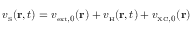
v _ { \scriptscriptstyle \mathrm { S } } ( { \bf r } , t ) = v _ { { \scriptscriptstyle \mathrm { e x t } } , 0 } ( { \bf r } ) + v _ { \scriptscriptstyle \mathrm { H } } ( { \bf r } , t ) + v _ { { \scriptscriptstyle \mathrm { X C } } , 0 } ( { \bf r } )